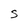
Character: S